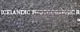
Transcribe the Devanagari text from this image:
काटवाला